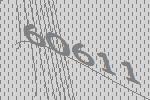
60611